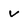
Character: v